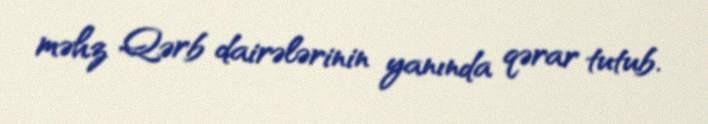
məhz Qərb dairələrinin yanında qərar tutub.